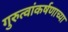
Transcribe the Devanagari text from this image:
गुरुत्वांकर्षणाच्या